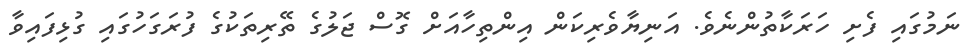
ނަމުގައި ފެށި ހަރަކާތުންނެވެ. އަނިޔާވެރިކަން އިންތިހާއަށް ގޮސް ޖަލުގެ ތޭރިތަކުގެ ފުރަގަހުގައި ގުޅިފައިވާ